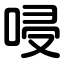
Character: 唚